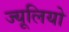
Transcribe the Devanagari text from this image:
ज्यूलियो